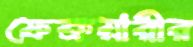
ফেব্রুয়ারীর